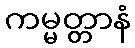
ကမ္မတ္တာနံ